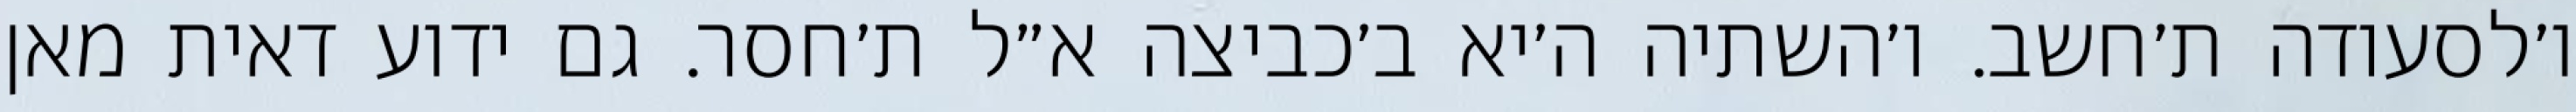
ו׳לסעודה ת׳חשב. ו׳השתיה ה׳יא ב׳כביצה א״ל ת׳חסר. גם ידוע דאית מאן